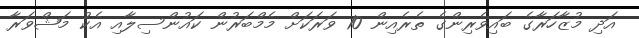
އަދި މުޒާހަރާގެ ބައިވެރިންގެ ތެރެއިން 10 ވަރަކަށް މެމްބަރުން ކައުންސިލާއި އެކު މަޝްވަރާ